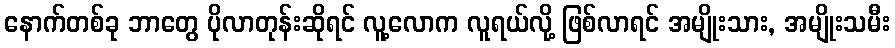
နောက်တစ်ခု ဘာတွေ ပိုလာတုန်းဆိုရင် လူ့လောက လူရယ်လို့ ဖြစ်လာရင် အမျိုးသား, အမျိုးသမီး